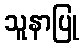
သူနာပြု